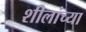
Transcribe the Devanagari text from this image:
शीलांच्या